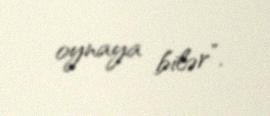
oynaya bilər”.